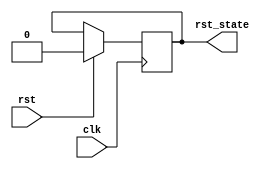
`timescale 1ns / 1ps
//////////////////////////////////////////////////////////////////////////////////
// Company: 
// Engineer: 
// 
// Design Name: 
// Module Name:    reset_detector 
// Project Name: 
// Target Devices: 
// Tool versions: 
// Description: 
//
// Dependencies: 
//
// Revision: 
// Revision 0.01 - File Created
// Additional Comments: 
//
//////////////////////////////////////////////////////////////////////////////////
module reset_detector(
    input clk,
    input rst,
    output reg rst_state = 1'b1
    );

//initial rst_state = 1'b1;
always @(posedge clk) rst_state <= (rst) ? 1'b0 : rst_state;


endmodule